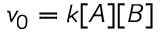
v _ { 0 } = k [ A ] [ B ]